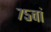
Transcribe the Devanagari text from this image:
७५वां